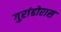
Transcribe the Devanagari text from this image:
गुरांढोरास